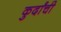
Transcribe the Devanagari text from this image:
कुर्दांची